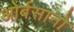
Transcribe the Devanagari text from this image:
ओर्बसानो